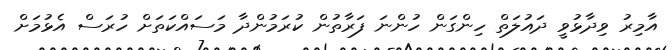
އާމިރު ވިދާޅުވީ ދައުލަތް ހިންގަން ހުންނަ ފަރާތުން ކުރަމުންދާ މަސައްކަތަށް ހުރަސް އެޅުމަށް